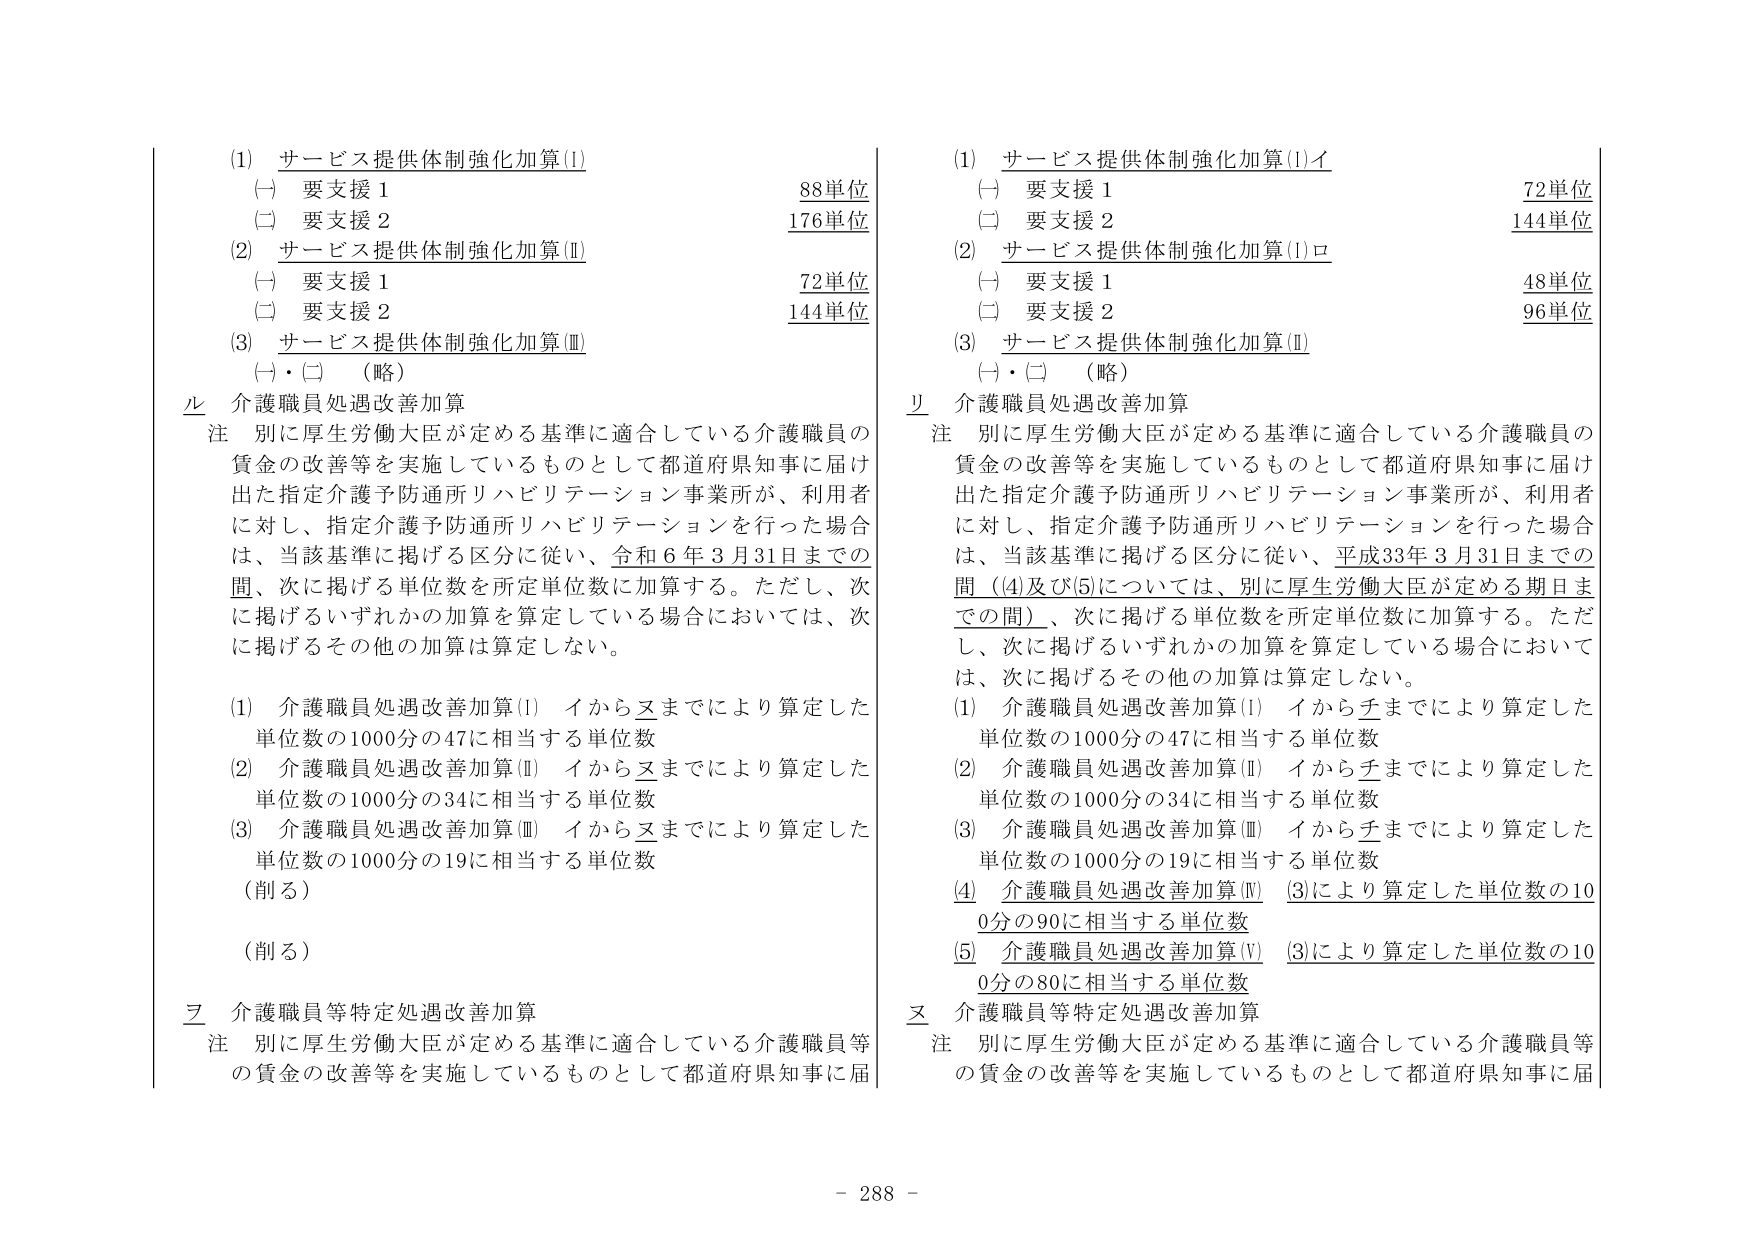
(1) サービス提供体制強化加算(Ⅰ)
　(一) 要支援１　　　　　　　　　　　　　　　88単位
　(二) 要支援２　　　　　　　　　　　　　　　176単位
(2) サービス提供体制強化加算(Ⅱ)
　(一) 要支援１　　　　　　　　　　　　　　　72単位
　(二) 要支援２　　　　　　　　　　　　　　　144単位
(3) サービス提供体制強化加算(Ⅲ)
　(一)・(二) （略）

ル 介護職員処遇改善加算
注 別に厚生労働大臣が定める基準に適合している介護職員の
　賃金の改善等を実施しているものとして都道府県知事に届け
　出た指定介護予防通所リハビリテーション事業所が、利用者
　に対し、指定介護予防通所リハビリテーションを行った場合
　は、当該基準に掲げる区分に従い、令和６年３月31日までの
　間、次に掲げる単位数を所定単位数に加算する。ただし、次
　に掲げるいずれかの加算を算定している場合においては、次
　に掲げるその他の加算は算定しない。

(1) 介護職員処遇改善加算(Ⅰ) イからヌまでにより算定した
　単位数の1000分の47に相当する単位数
(2) 介護職員処遇改善加算(Ⅱ) イからヌまでにより算定した
　単位数の1000分の34に相当する単位数
(3) 介護職員処遇改善加算(Ⅲ) イからヌまでにより算定した
　単位数の1000分の19に相当する単位数
（削る）
（削る）

ヲ 介護職員等特定処遇改善加算
注 別に厚生労働大臣が定める基準に適合している介護職員等
　の賃金の改善等を実施しているものとして都道府県知事に届

(1) サービス提供体制強化加算(Ⅰ)イ
　(一) 要支援１　　　　　　　　　　　　　　　72単位
　(二) 要支援２　　　　　　　　　　　　　　　144単位
(2) サービス提供体制強化加算(Ⅰ)ロ
　(一) 要支援１　　　　　　　　　　　　　　　48単位
　(二) 要支援２　　　　　　　　　　　　　　　96単位
(3) サービス提供体制強化加算(Ⅱ)
　(一)・(二) （略）

リ 介護職員処遇改善加算
注 別に厚生労働大臣が定める基準に適合している介護職員の
　賃金の改善等を実施しているものとして都道府県知事に届け
　出た指定介護予防通所リハビリテーション事業所が、利用者
　に対し、指定介護予防通所リハビリテーションを行った場合
　は、当該基準に掲げる区分に従い、平成33年３月31日までの
　間（(4)及び(5)については、別に厚生労働大臣が定める期日ま
　での間）、次に掲げる単位数を所定単位数に加算する。ただ
　し、次に掲げるいずれかの加算を算定している場合において
　は、次に掲げるその他の加算は算定しない。

(1) 介護職員処遇改善加算(Ⅰ) イからチまでにより算定した
　単位数の1000分の47に相当する単位数
(2) 介護職員処遇改善加算(Ⅱ) イからチまでにより算定した
　単位数の1000分の34に相当する単位数
(3) 介護職員処遇改善加算(Ⅲ) イからチまでにより算定した
　単位数の1000分の19に相当する単位数
(4) 介護職員処遇改善加算(Ⅳ) (3)により算定した単位数の10
　0分の90に相当する単位数
(5) 介護職員処遇改善加算(Ⅴ) (3)により算定した単位数の10
　0分の80に相当する単位数

ヌ 介護職員等特定処遇改善加算
注 別に厚生労働大臣が定める基準に適合している介護職員等
　の賃金の改善等を実施しているものとして都道府県知事に届

- 288 -